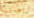
ساعدتنا